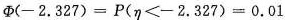
$$Φ ( - 2 . 3 2 7 ) = P ( η < - 2 . 3 2 7 ) = 0 . 0 1$$.